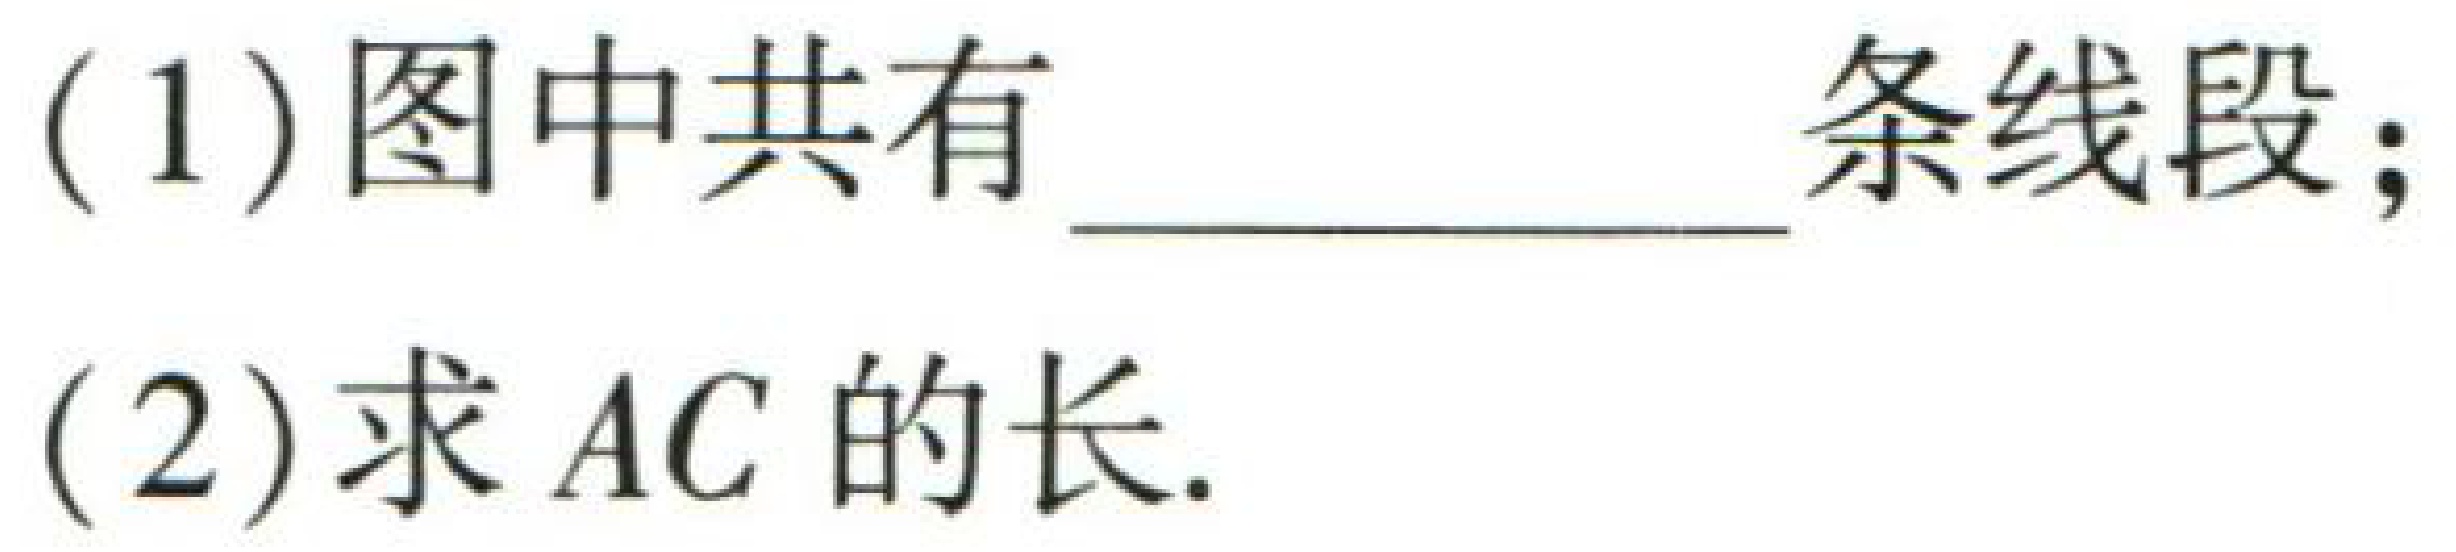
(1) 图中共有 \_\_\_ 条线段；

(2) 求 \(AC\) 的长.